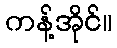
ကန့်အိုင်။